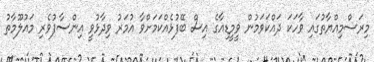
މިރަސްމިއްޔާތުގައި ވާހަކަ ދައްކަވަމުން ވީމީޑިއާގެ އިސް ބޭފުޅެއްކަމަށްވާ އުމަރު ވިދާޅުވީ އިންސާފުވެރި މައުލޫމާތު